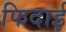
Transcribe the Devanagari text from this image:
फिदाई